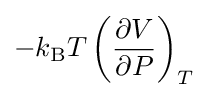
-k_{\rm {B}}T\left({\frac {\partial V}{\partial P}}\right)_{T}